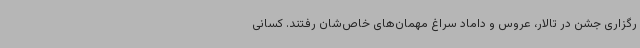
رگزاری جشن در تالار، عروس و داماد سراغ مهمان‌های خاص‌شان رفتند. کسانی